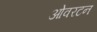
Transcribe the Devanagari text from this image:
ओवरटन